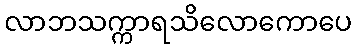
လာဘသက္ကာရသိလောကောပေ